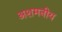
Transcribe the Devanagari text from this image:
अशमनीय